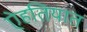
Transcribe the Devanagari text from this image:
ऐहतियात